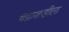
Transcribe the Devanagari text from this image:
चंद्राकडील